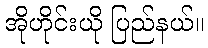
အိုဟိုင်းယို ပြည်နယ်။